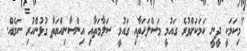
"މިކަމަކީ ދީނީ ކަމަކަށްވުރެ ގައުމީ މަސްލަހަތާއި ގައުމީ ސަލާމަތާއި އިންސާނިއްޔަތާ ގުޅުންހުރި ކަމެއް.